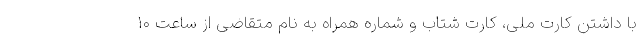
با داشتن کارت ملی، کارت شتاب و شماره همراه به نام متقاضی از ساعت ۱۰